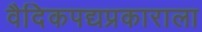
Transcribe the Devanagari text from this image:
वैदिकपद्यप्रकाराला